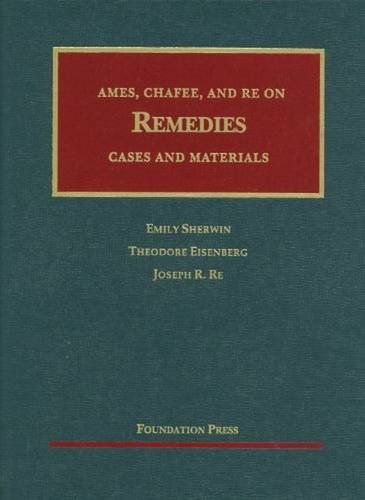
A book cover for Ames, Chafee, and Re on Remedies: Cases and Materials (University Casebook); Emily Sherwin; Law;